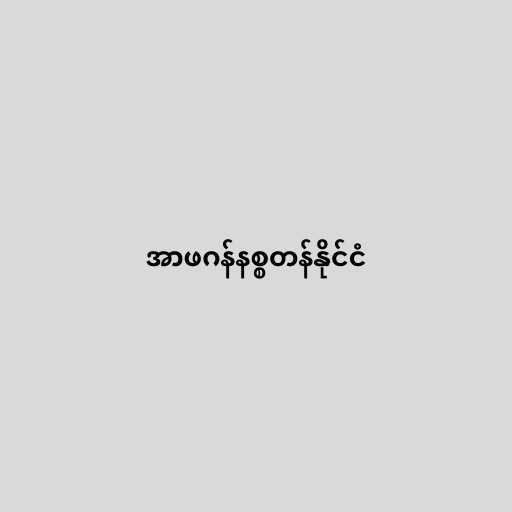
အာဖဂန်နစ္စတန်နိုင်ငံ